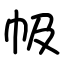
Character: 㠷